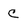
Character: c